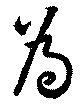
為